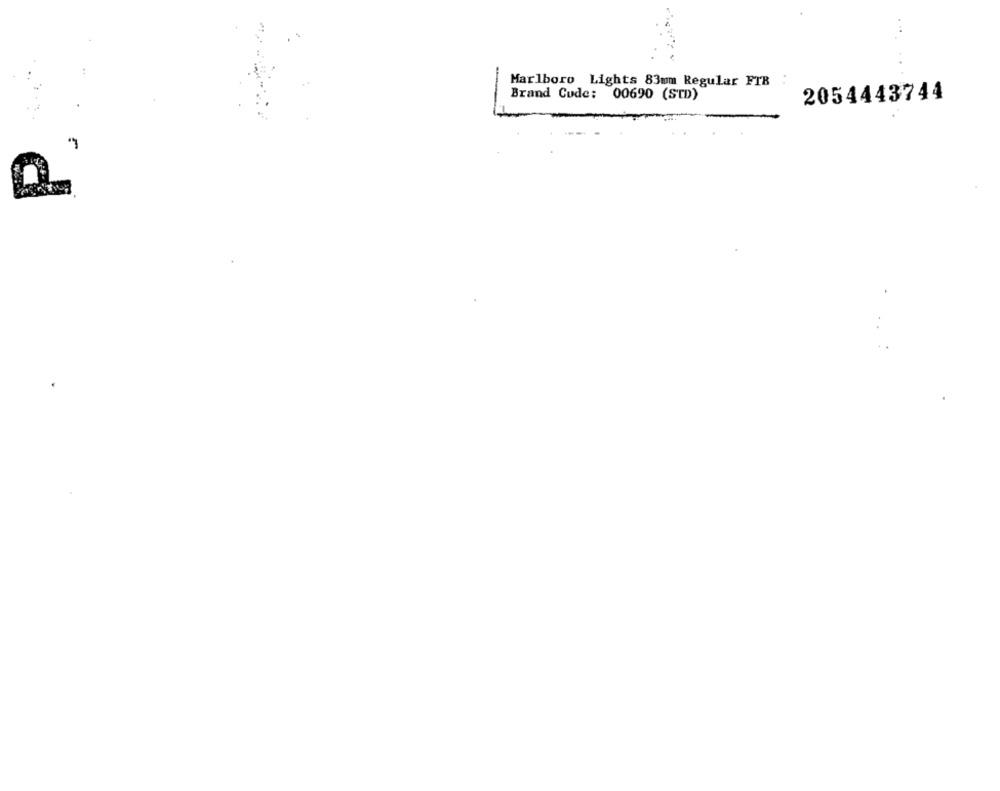
Marlboro Lights 83mm Regular FTB
Brand Code: 00690 (STD)
2054443744